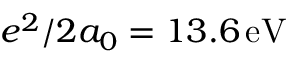
e ^ { 2 } / 2 a _ { 0 } = 1 3 . 6 \ensuremath { \, \mathrm { e V } }